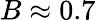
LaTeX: B\approx 0.7